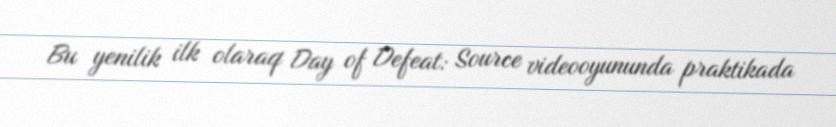
Bu yenilik ilk olaraq Day of Defeat: Source videooyununda praktikada